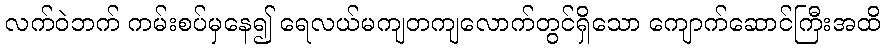
လက်ဝဲဘက် ကမ်းစပ်မှနေ၍ ရေလယ်မကျတကျလောက်တွင်ရှိသော ကျောက်ဆောင်ကြီးအထိ